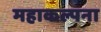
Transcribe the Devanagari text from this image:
महाकल्पना